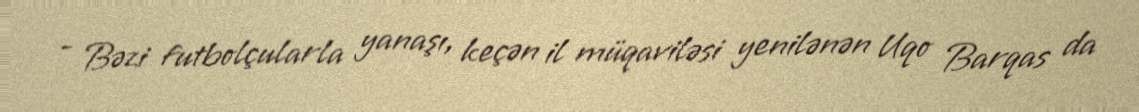
- Bəzi futbolçularla yanaşı, keçən il müqaviləsi yenilənən Uqo Barqas da